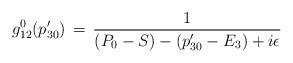
LaTeX: \begin{align*}g^0_{12}(p'_{30})\,=\,{1\over(P_0-S)-(p'_{30}-E_3)+i\epsilon}\end{align*}